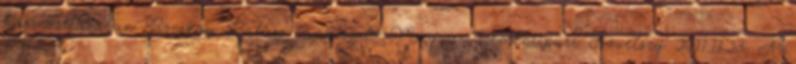
hasznosításában Bocskay Balázs tanácsadó Magyar Cementipari Szövetség 2011.11.23. A